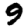
Digit: 9